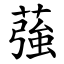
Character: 蔃